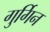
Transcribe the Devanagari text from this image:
गुर्गिन